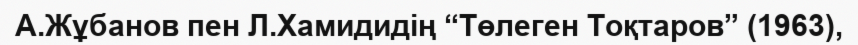
А.Жұбанов пен Л.Хамидидің “Төлеген Тоқтаров” (1963),